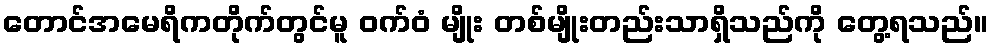
တောင်အမေရိကတိုက်တွင်မူ ဝက်ဝံ မျိုး တစ်မျိုးတည်းသာရှိသည်ကို တွေ့ရသည်။